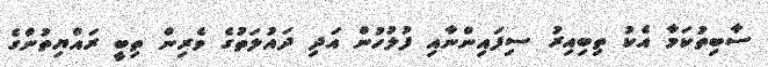
ސާބިތުކަމާ އެކު ތިބިއިރު ސިފައިންނާއި ފުލުހުން އަދި ދައުލަތުގެ ވެރިން ތިބީ ރައްޔިތުންގެ